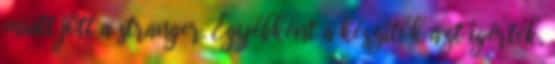
miatt jött a stranger. Egyébként a készítők azt ígérték,